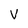
Character: V